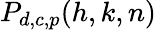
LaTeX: P_{d,c,p}(h,k,n)